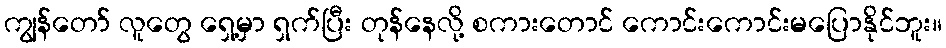
ကျွန်တော် လူတွေ ရှေ့မှာ ရှက်ပြီး တုန်နေလို့ စကားတောင် ကောင်းကောင်းမပြောနိုင်ဘူး။